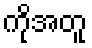
ကိုအတူ